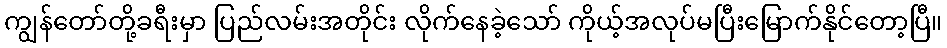
ကျွန်တော်တို့ခရီးမှာ ပြည်လမ်းအတိုင်း လိုက်နေခဲ့သော် ကိုယ့်အလုပ်မပြီးမြောက်နိုင်တော့ပြီ။